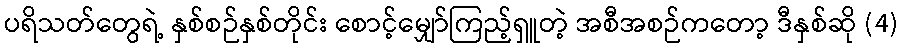
ပရိသတ်တွေရဲ့ နှစ်စဉ်နှစ်တိုင်း စောင့်မျှော်ကြည့်ရှူတဲ့ အစီအစဉ်ကတော့ ဒီနှစ်ဆို (4)